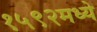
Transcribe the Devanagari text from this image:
१५९२मध्ये